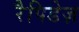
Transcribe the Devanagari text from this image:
रैपिडेज़